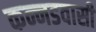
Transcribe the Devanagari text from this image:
कन्नडवासी